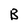
Character: B